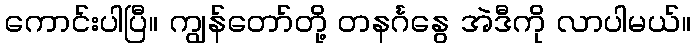
ကောင်းပါပြီ။ ကျွန်တော်တို့ တနင်္ဂနွေ အဲဒီကို လာပါမယ်။